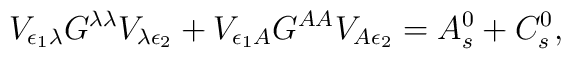
V_{\epsilon_1\lambda}G^{\lambda\lambda}V_{\lambda\epsilon_2}+V_{\epsilon_1A}G^{AA}V_{A\epsilon_2}=A_{s}^0+C_{s}^0,